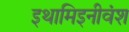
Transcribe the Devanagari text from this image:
इथामिइनीवंश